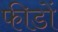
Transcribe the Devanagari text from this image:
फीडों